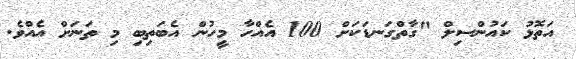
އަތޮޅު ކައުންސިލް "ގާތްގަނޑަކަށް 100 އެއްހާ މީހުން އެބަތިބި މި ތަނަށް އެއްވެ.